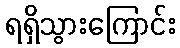
ရရှိသွားကြောင်း